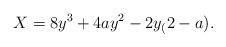
LaTeX: \begin{align*} X = 8 y^3 + 4ay^2-2y_(2-a) . \end{align*}